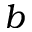
b